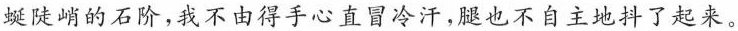
蜒陡峭的石阶，我不由得手心直\underset{·}{冒}冷汗，腿也不自主地\underset{·}{抖}了起来。